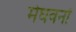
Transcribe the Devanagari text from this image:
मेघवनों